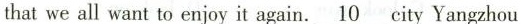
that we all want to enjoy it again.\underline{10}city Yangzhou